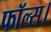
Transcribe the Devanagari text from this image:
फॉल्स।